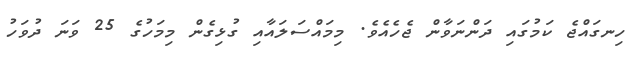
ހިނގައްޖެ ކަމުގައި ދަންނަވާން ޖެހެއެވެ. މިމައްސަލައާއި ގުޅިގެން މިމަހުގެ 25 ވަނަ ދުވަހު